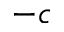
- c